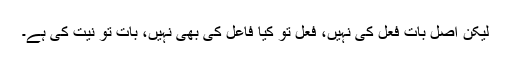
لیکن اصل بات فعل کی نہیں، فعل تو کیا فاعل کی بھی نہیں، بات تو نیت کی ہے۔